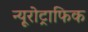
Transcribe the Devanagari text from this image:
न्यूरोट्राफिक